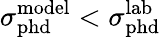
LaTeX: \sigma_{\mathrm{{phd}}}^{\mathrm{{model}}}<\sigma_{\mathrm{{phd}}}^{\mathrm{{lab}}}